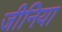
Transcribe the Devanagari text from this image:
जीनिया